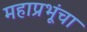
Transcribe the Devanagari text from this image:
महाप्रभूंचा